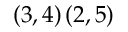
\left( 3 , 4 \right) \left( 2 , 5 \right)